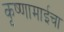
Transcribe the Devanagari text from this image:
कृष्णामाईचा